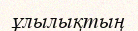
ұлылықтың